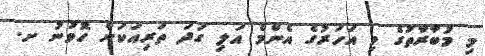
މި މުބާރާތުގެ މި އަހަރުގެ އެންމެ އަލި ގަދަ ތަރިއަކަށް ހޮވުނު ށ.